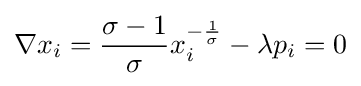
\nabla x_{i}={\frac {\sigma -1}{\sigma }}x_{i}^{-{\frac {1}{\sigma }}}-\lambda p_{i}=0